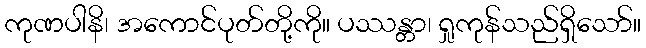
ကုဏပါနိ၊ အကောင်ပုတ်တို့ကို။ ပဿန္တာ၊ ရှုကုန်သည်ရှိသော်။